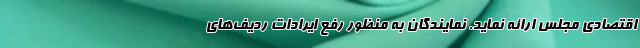
اقتصادی مجلس ارائه نماید. نمایندگان به منظور رفع ایرادات ردیف‌های